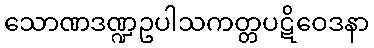
သောဏဒဏ္ဍဥပါသကတ္တပဋိဝေဒနာ